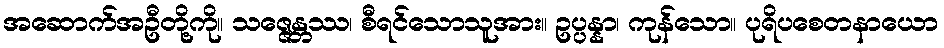
အဆောက်အဦတို့ကို။ သဇ္ဇေန္တဿ၊ စီရင်သောသူအား။ ဥပ္ပန္နာ၊ ကုန်သော။ ပုရိပစေတနာယော